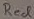
Text: Red